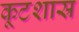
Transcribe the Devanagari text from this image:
कूटशास्र